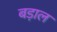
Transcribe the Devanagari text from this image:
बड़ाल